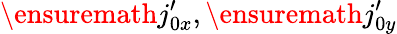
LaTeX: \ensuremath{j_{0x}^{\prime}},\ensuremath{j_{0y}^{\prime}}